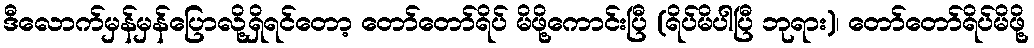
ဒီလောက်မှန်မှန်ပြောလို့ရှိရင်တော့ တော်တော်ရိပ် မိဖို့ကောင်းပြီ (ရိပ်မိပါပြီ ဘုရား)၊ တော်တော်ရိပ်မိဖို့